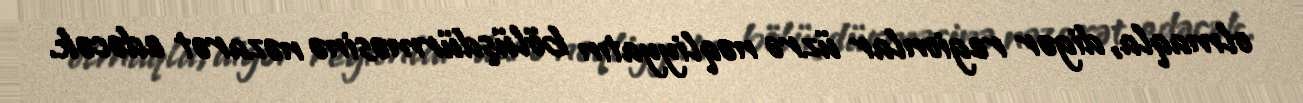
olmaqla, digər regionlar üzrə nəqliyyatın bölüşdürməsinə nəzarət edəcək.